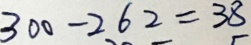
3 0 0 - 2 6 2 = 3 8